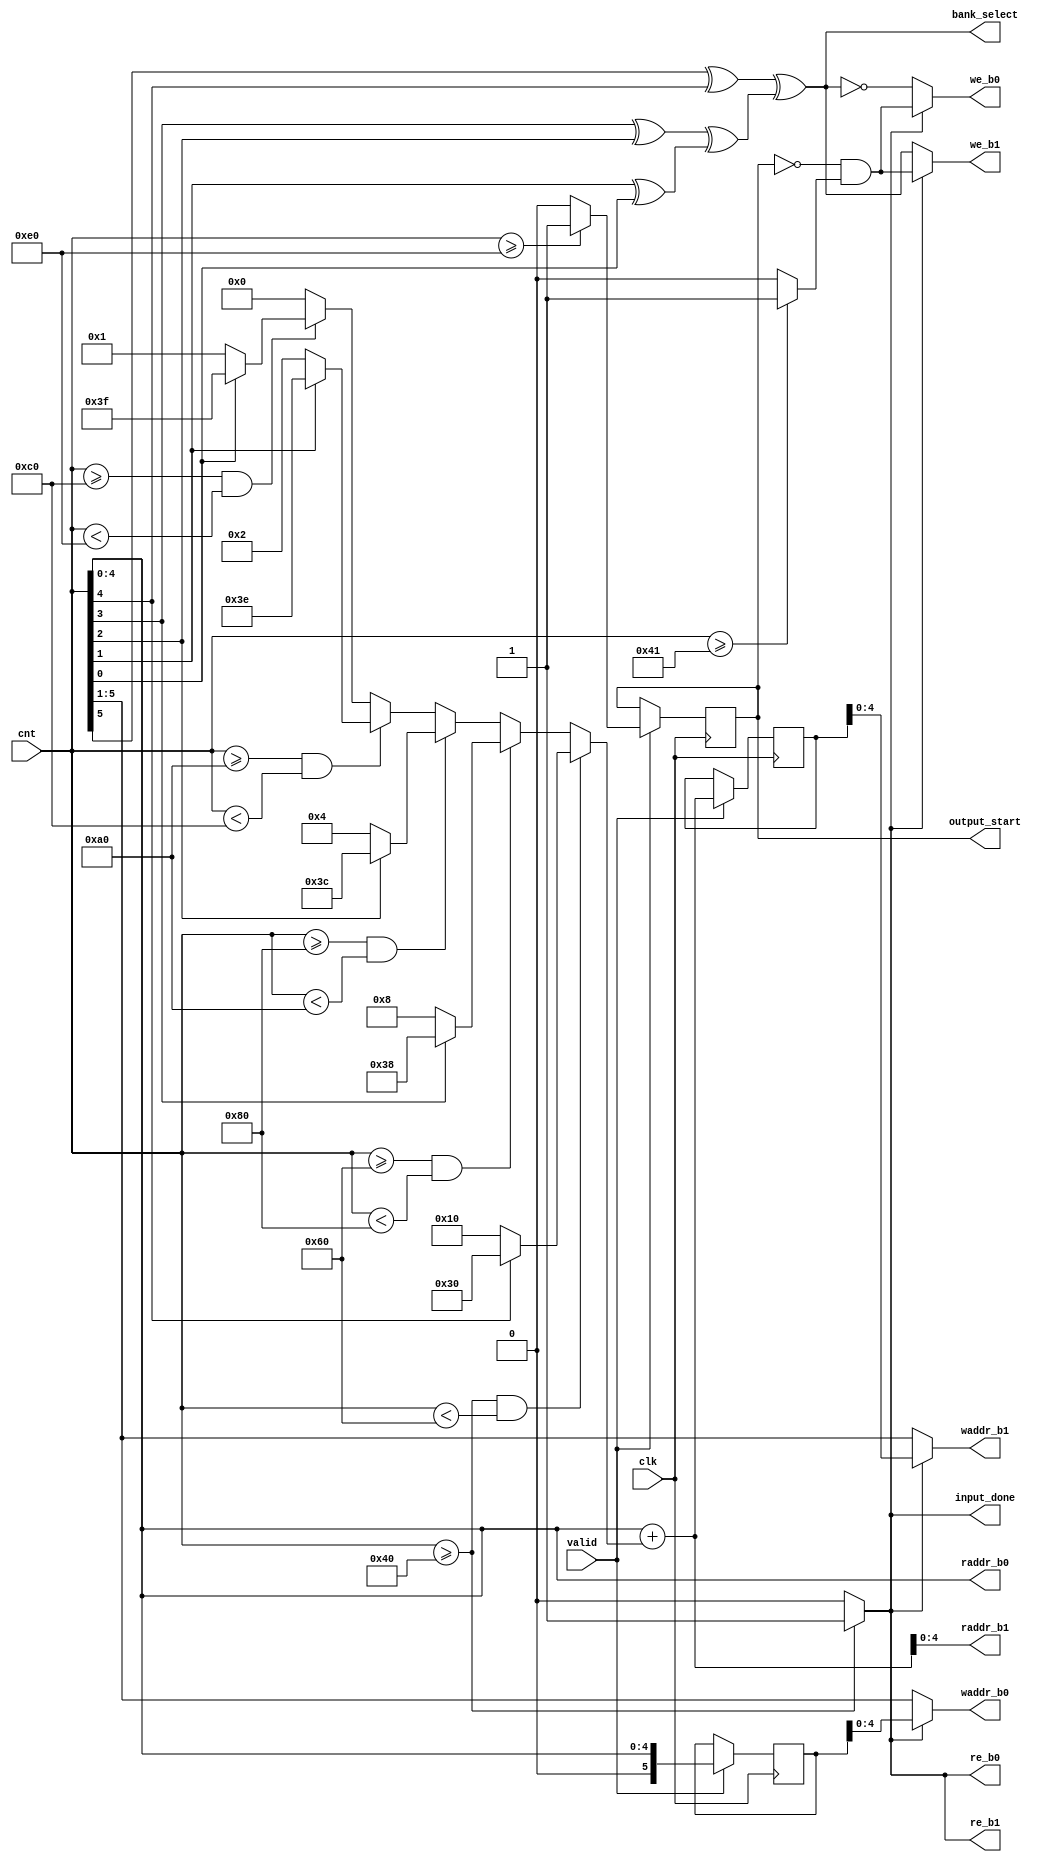
module controlblock (
    input[7:0] cnt,
	input clk, valid,
    output[4:0] waddr_b0, raddr_b0, waddr_b1, raddr_b1,
    output we_b0, re_b0, we_b1, re_b1,
    output bank_select, input_done, output_start
);
    wire[5:0]  raddr_b0_temp, raddr_b1_temp;
    wire bank_select_temp;
    //reg input_done_temp, input_done_delay;
    reg [5:0] increment, waddr_b0_temp, waddr_b1_temp;
    reg [1:0] output_start_reg;
    reg input_done_temp, inplace_start;

    always @(cnt)begin

        //input_done_reg
        if (cnt >= 64) 
            input_done_temp = 1'b1;
        else
            input_done_temp = 1'b0;
        
        if(cnt >=64 && cnt < 96) 
            increment = cnt[4] ? -16 : 16;
        
        else if(cnt >= 96 && cnt <128)
            increment = cnt[3] ? -8 : 8;

        else if(cnt >= 128 && cnt <160)
            increment = cnt[2] ? -4 : 4;

        else if(cnt >= 160 && cnt <192)
            increment = cnt[1] ? -2 : 2;
        
        else if(cnt >= 192 && cnt <224)
            increment = cnt[0] ? -1 : 1;
        else
            increment = 0;
        
        //output_start_reg
        if (cnt >= 224) 
            output_start_reg[0] = 1'b1;
        else
            output_start_reg[0] = 1'b0;
        
        if (cnt >= 65)
            inplace_start = 1'b1;
        else
            inplace_start = 1'b0;
    end

    always @(negedge clk) begin
        if(valid) begin
            waddr_b0_temp <= raddr_b0_temp;
            waddr_b1_temp <= raddr_b1_temp;
            output_start_reg[1] = output_start_reg[0];
        end

    end


    //assign inside port
    assign bank_select_temp = (cnt[5]^cnt[4])^((cnt[3]^cnt[2])^(cnt[1]^cnt[0]));

    assign we_b0 = input_done_temp ? (~output_start_reg[1] & inplace_start) : ~bank_select_temp;
    assign we_b1 = input_done_temp ? (~output_start_reg[1] & inplace_start) : bank_select_temp;

    assign re_b0 = input_done_temp;
    assign re_b1 = input_done_temp;

    assign raddr_b0_temp = cnt[4:0];
    assign raddr_b1_temp = raddr_b0_temp + increment;

    assign waddr_b0 = input_done_temp ? waddr_b0_temp : cnt>>1;
    assign waddr_b1 = input_done_temp ? waddr_b1_temp : cnt>>1 ;


    //assign port
    assign input_done = input_done_temp;
    assign output_start =  output_start_reg[1];
    assign bank_select = bank_select_temp;
    assign raddr_b0 = raddr_b0_temp;
    assign raddr_b1 = raddr_b1_temp;   



endmodule